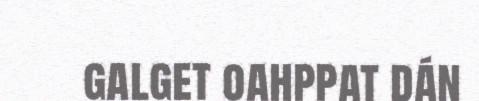
galget oahppat dán